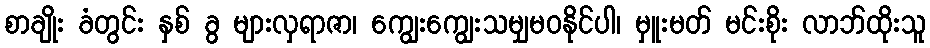
စာချိုး ခံတွင်း နှစ် ခွ များလှရာဇာ၊ ကျွေးကျွေးသမျှမဝနိုင်ပါ၊ မှူးမတ် မင်းစိုး လာဘ်ထိုးသူ